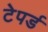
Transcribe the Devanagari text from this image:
टेपर्ड